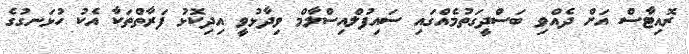
ރޮއިޓާސް އަށް ދެއްވި ބަސްދީގަތުމެއްގައި ސައިފުލްއިސްލާމް ވިދާޅުވީ އިދިކޮޅު ފަރާތްތަކާ އެކު ހުޅަނގުގެ